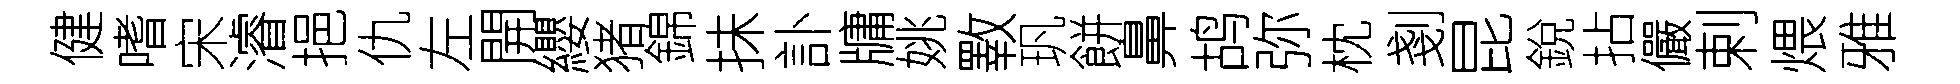
健嗜宋濬挹仇左開纓猪錦抺訃牗姚斁㺬餅鼻鸪弥枕剗昆銳拈儼剌煨雅